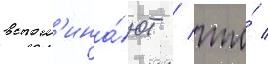
вспом'ина́ют / что́ /